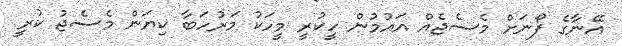
އޭނާގެ ފޯނަށް މެސެޖެއް އައުމުން ހީކުރީ މީހަކު މަރުހަބާ ކިޔަން މެސެޖު ކުރީ